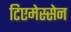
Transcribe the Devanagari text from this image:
टिएमेस्सेन